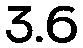
3.6